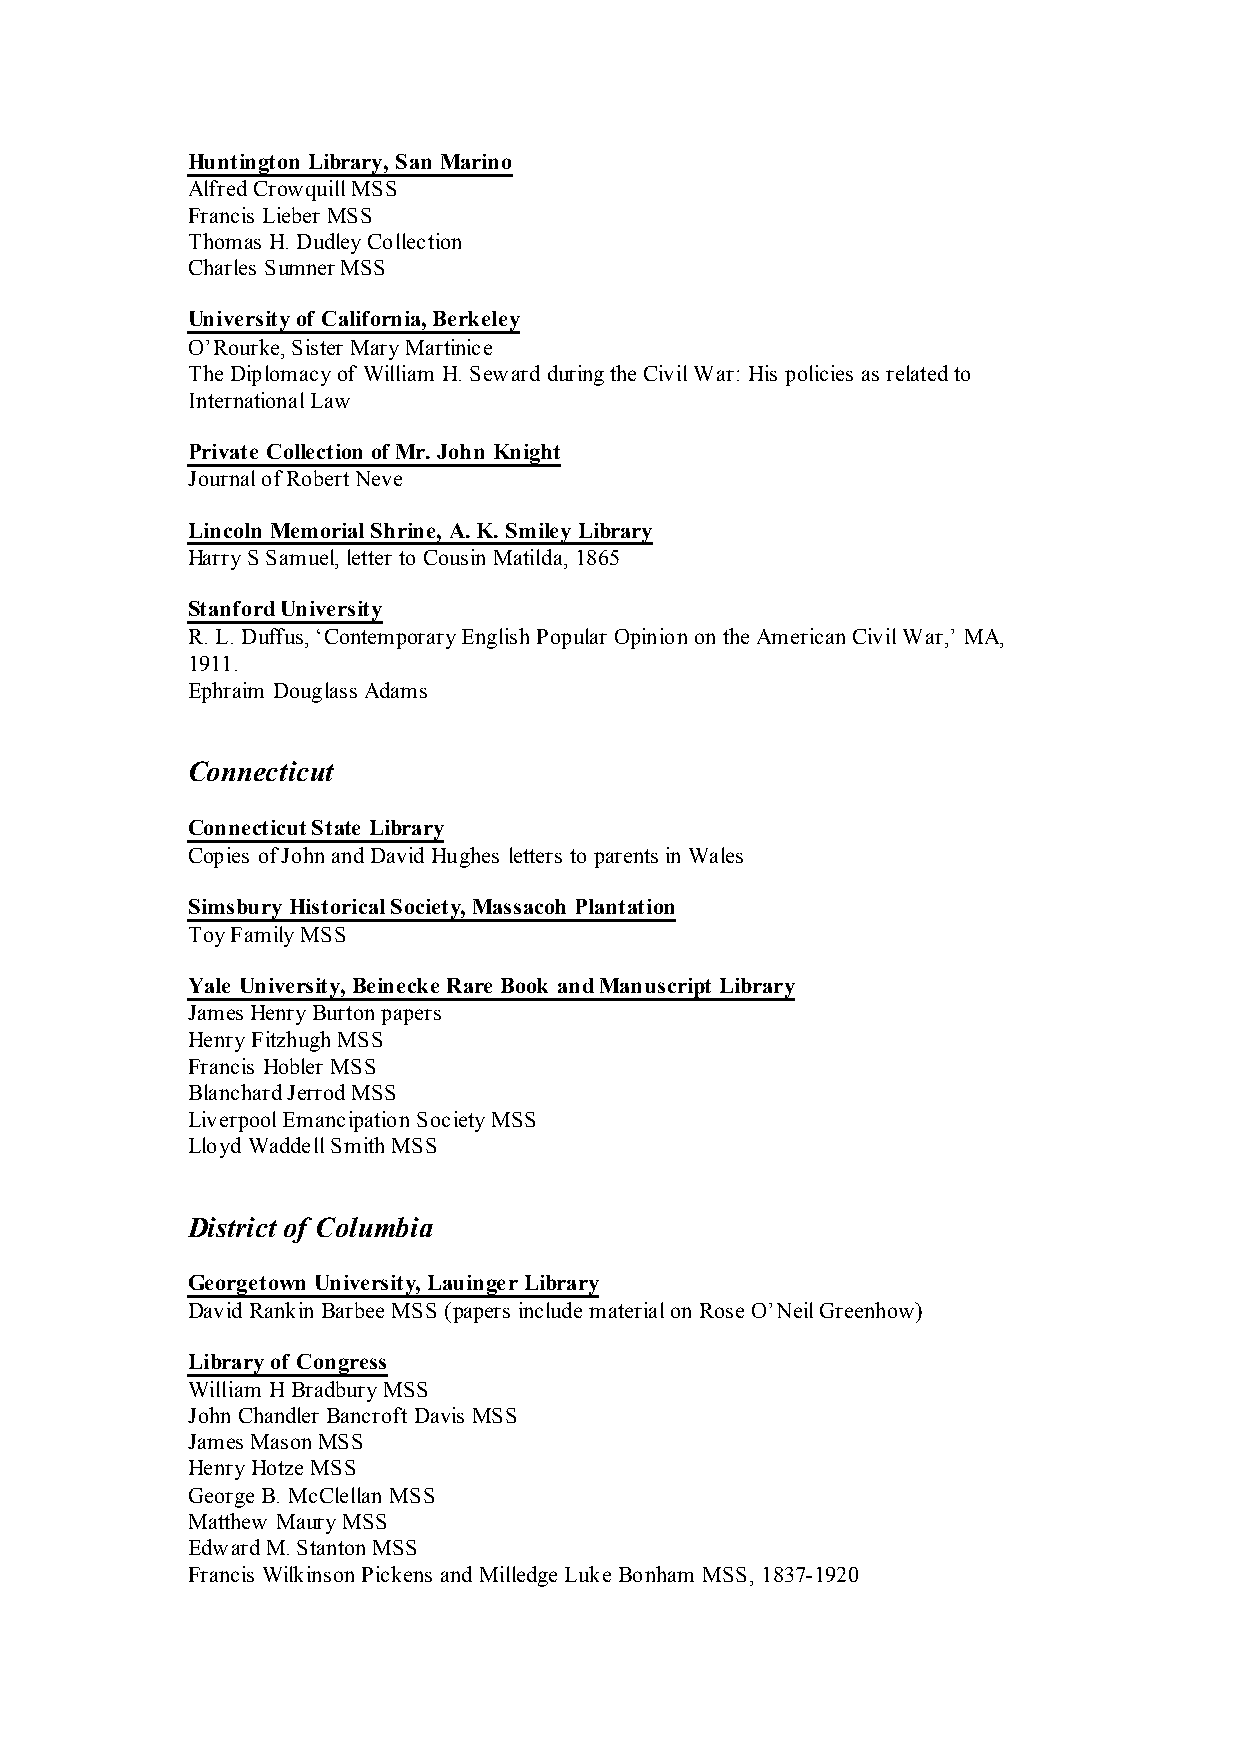
Huntington Library, San Marino
 Alfred Crowquill MSS
 Francis Lieber MSS
 Thomas H. Dudley Collection
 Charles Sumner MSS
 University of California, Berkeley
 O’Rourke, Sister Mary Martinice
 The Diplomacy of William H. Seward during the Civil War: His policies as related to
 International Law
 Private Collection of Mr. John Knight
 Journal of Robert Neve
 Lincoln Memorial Shrine, A. K. Smiley Library
 Harry S Samuel, letter to Cousin Matilda, 1865
 Stanford University
 R. L. Duffus, ‘Contemporary English Popular Opinion on the American Civil War,’ MA,
 1911.
 Ephraim Douglass Adams
 Connecticut
 Connecticut State Library
 Copies of John and David Hughes letters to parents in Wales
 Simsbury Historical Society, Massacoh Plantation
 Toy Family MSS
 Yale University, Beinecke Rare Book and Manuscript Library
 James Henry Burton papers
 Henry Fitzhugh MSS
 Francis Hobler MSS
 Blanchard Jerrod MSS
 Liverpool Emancipation Society MSS
 Lloyd Waddell Smith MSS
 District of Columbia
 Georgetown University, Lauinger Library
 David Rankin Barbee MSS (papers include material on Rose O’Neil Greenhow)
 Library of Congress
 William H Bradbury MSS
 John Chandler Bancroft Davis MSS
 James Mason MSS
 Henry Hotze MSS
 George B. McClellan MSS
 Matthew Maury MSS
 Edward M. Stanton MSS
 Francis Wilkinson Pickens and Milledge Luke Bonham MSS, 1837-1920